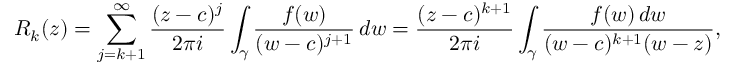
R _ { k } ( z ) = \sum _ { j = k + 1 } ^ { \infty } { \frac { ( z - c ) ^ { j } } { 2 \pi i } } \int _ { \gamma } { \frac { f ( w ) } { ( w - c ) ^ { j + 1 } } } \, d w = { \frac { ( z - c ) ^ { k + 1 } } { 2 \pi i } } \int _ { \gamma } { \frac { f ( w ) \, d w } { ( w - c ) ^ { k + 1 } ( w - z ) } } , \qquad z \in W .